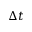
\Delta t